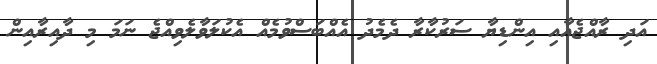
އަދި ރާއްޖެއާއި އިންޑިޔާ ސަރުކާރާ ދެމެދު އެއްބަސްވުމެއް އެކުލަވާލެވިއްޖެ ނަމަ މި ދާއިރާއިން